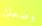
وضعك